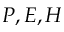
P , E , H